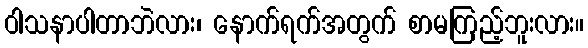
ဝါသနာပါတာဘဲလား၊ နောက်ရက်အတွက် စာမကြည့်ဘူးလား။